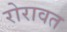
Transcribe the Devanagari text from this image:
रोरावत